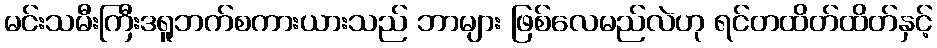
မင်းသမီးကြီးဒရူဘက်စကားယားသည် ဘာများ ဖြစ်လေမည်လဲဟု ရင်တထိတ်ထိတ်နှင့်